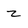
Character: z